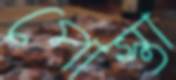
পোস্তা